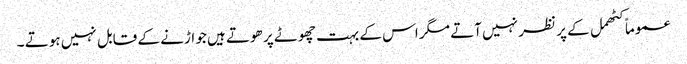
عموماً کٹھمل کے پر نظر نہیں آتے مگر اس کے بہت چھوٹے پر ھوتے ہیں جو اڑنے کے قابل نہیں ہوتے ۔